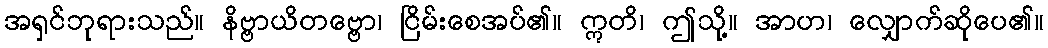
အရှင်ဘုရားသည်။ နိဗ္ဗာယိတဗ္ဗော၊ ငြိမ်းစေအပ်၏။ ဣတိ၊ ဤသို့။ အာဟ၊ လျှောက်ဆိုပေ၏။